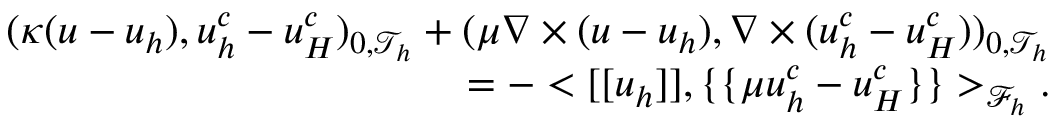
\begin{array} { r } { ( \kappa ( \boldsymbol { u } - \boldsymbol { u } _ { h } ) , \boldsymbol { u } _ { h } ^ { c } - \boldsymbol { u } _ { H } ^ { c } ) _ { 0 , \mathcal { T } _ { h } } + ( \mu \nabla \times ( \boldsymbol { u } - \boldsymbol { u } _ { h } ) , \nabla \times ( \boldsymbol { u } _ { h } ^ { c } - \boldsymbol { u } _ { H } ^ { c } ) ) _ { 0 , \mathcal { T } _ { h } } } \\ { = - < [ [ \boldsymbol { u } _ { h } ] ] , \{ \{ \mu \boldsymbol { u } _ { h } ^ { c } - \boldsymbol { u } _ { H } ^ { c } \} \} > _ { \mathcal { F } _ { h } } . } \end{array}